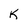
Character: k